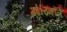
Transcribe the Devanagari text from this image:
गई।उन्होंने